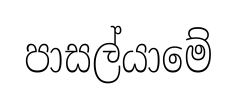
පාසල්යාමේ